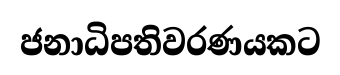
ජනාධිපතිවරණයකට